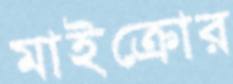
মাইক্রোর